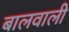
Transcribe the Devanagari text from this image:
बालवाली